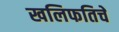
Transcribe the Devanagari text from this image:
खलिफतिचे